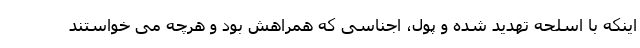
اینکه با اسلحه تهدید شده و پول، اجناسی که همراهش بود و هرچه می خواستند